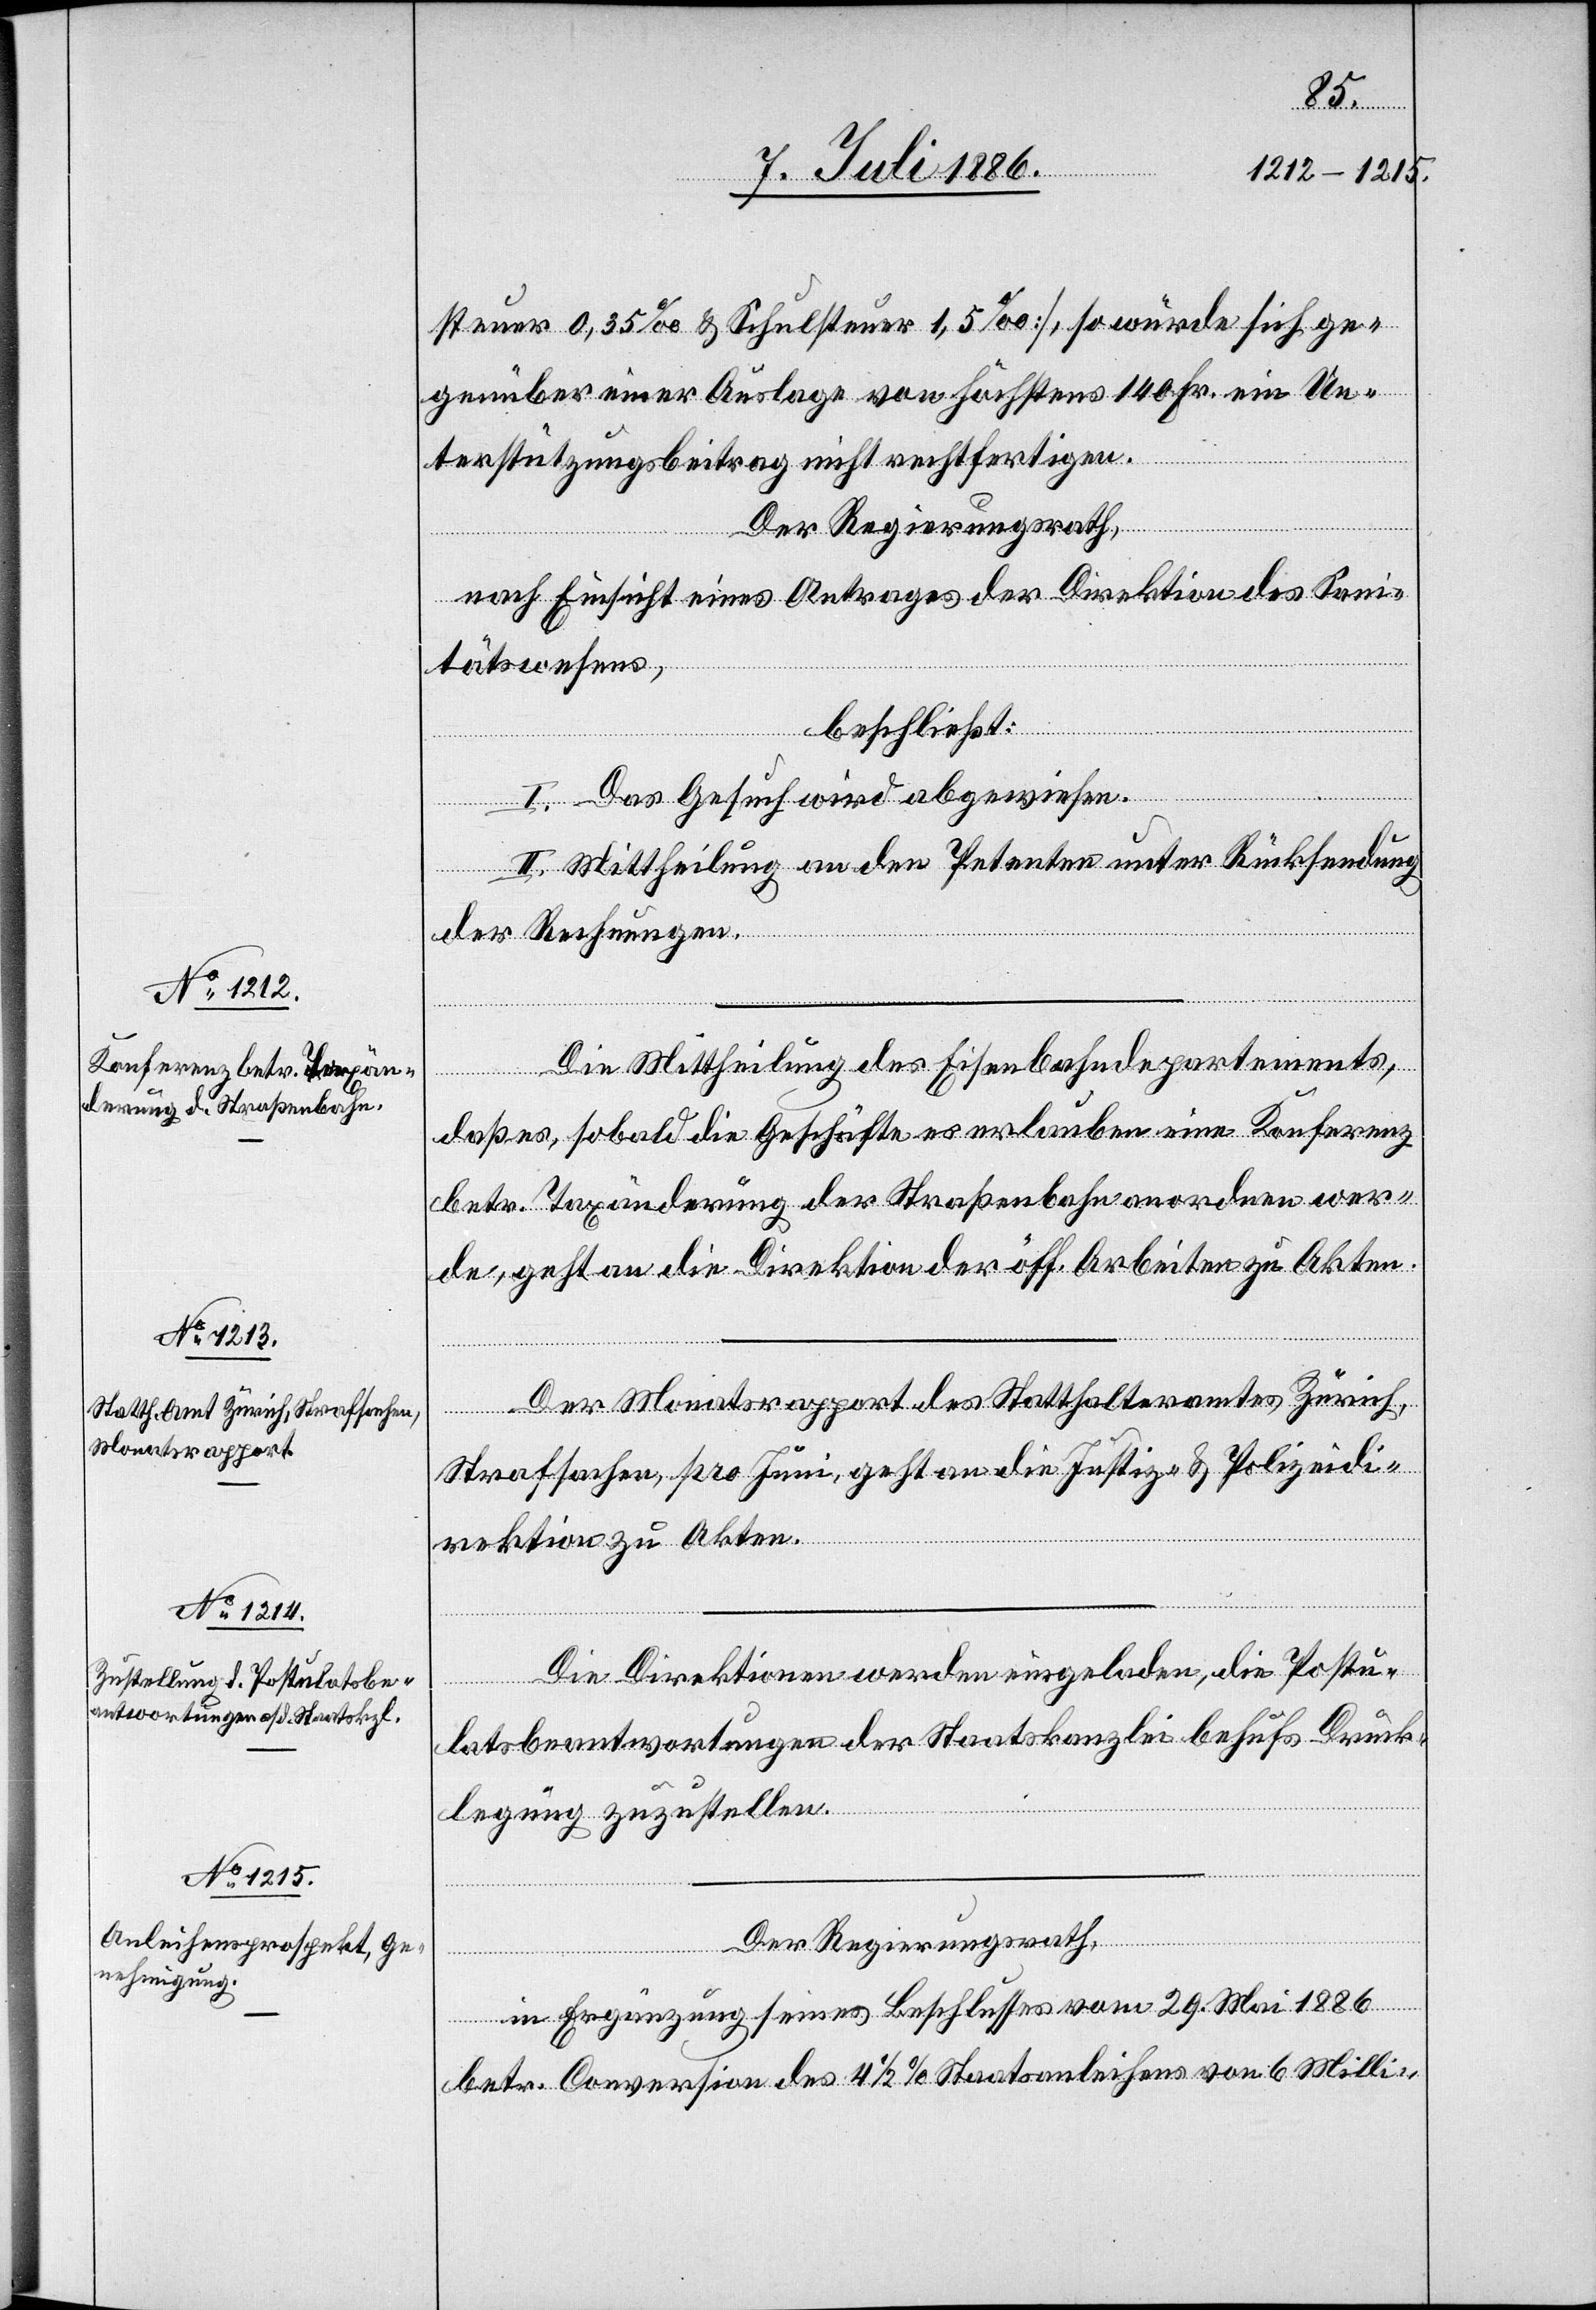
San¬
Einsicht eines
steuer 0,5‰ & Schulsteuer 1,5‰], so würde sich ge¬
genüber einer Auslage von höchstens 140 Fr. ein Un¬
terstützungsbeitrag nicht rechtfertigen.
Der Regierungsrath,
itätswesens,
beschließt:
I. Das Gesuch wird abgewiesen.
II. Mittheilung an den Petenten unter Rücksendung
der Rechnungen.
Die Mittheilung des Eisenbahndepartements,
daß es, sobald die Geschäfte es erlauben eine Konferenz
betr. Taxänderung der Straßenbahn anordnen wer¬
de, geht an die Direktion der öff. Arbeiten zu Akten.
Monatsrapport
Strafsachen, pro Juni, geht an die Justiz- & Polizeidi¬
rektion zu Akten.
Die Direktionen werden eingeladen, die Postu¬
latsbeantwortungen der Staatskanzlei behufs Druck¬
Zürich,
legung zuzustellen.
Der Regierungsrath,
in Ergänzung seines Beschlusses vom 29. Mai 1886
betr. Conversion des 4 1/2% Staatsanleihens von 6 Milli-